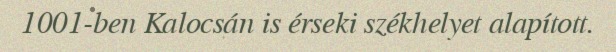
1001-ben Kalocsán is érseki székhelyet alapított.